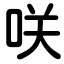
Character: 咲